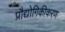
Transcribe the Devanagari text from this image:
प्रौद्योगिकीकरण